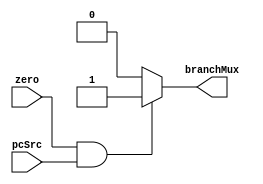
/*
    simple one-bit and gate implementation.
*/

module and_gate(zero, pcSrc, branchMux);
	input zero, pcSrc;
	output reg branchMux;

	always @ (*) begin
		if ((zero == 1) && (pcSrc == 1)) begin
			branchMux = 1'b1;
		end else begin
			branchMux = 1'b0;
		end
	end

endmodule

/* ************************************************************
// ***************** and_gate testbench for testing/debugging
// ************************************************************
module and_gate_tb();
	reg zero_tb;
	reg pcSrc_tb;
	wire branchMux_tb;

	initial begin
		$display("AndGate Testbench");
		zero_tb = 1;
		pcSrc_tb = 1;
		#1
		$display("%h, %h --> %h", zero_tb, pcSrc_tb, branchMux_tb);


		$finish;
	end


	and_gate and_gate(zero_tb, pcSrc_tb, branchMux_tb);
endmodule
*/